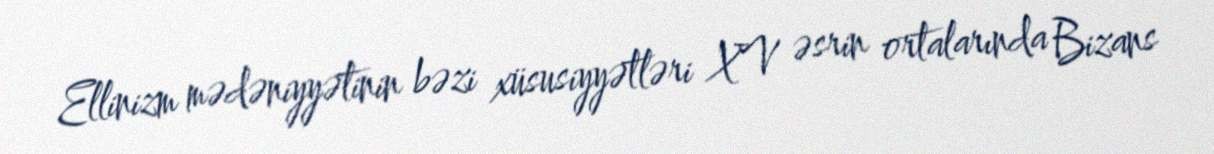
Ellinizm mədəniyyətinin bəzi xüsusiyyətləri XV əsrin ortalarında Bizans